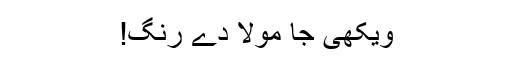
ویکھی جا مولا دے رنگ!